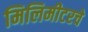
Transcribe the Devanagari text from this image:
मिलिमीटरचे